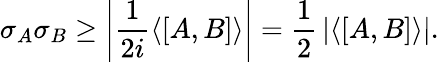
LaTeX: \sigma_{A}\sigma_{B}\geq\left|{\frac{1}{2i}}\langle[A,B]\rangle\right|={\frac{1}{2}}\left|\langle[A,B]\rangle\right|.